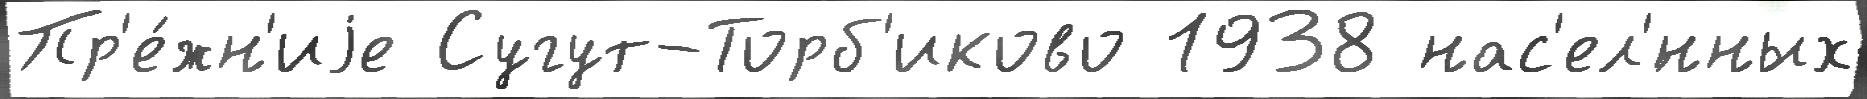
Пр'е́жн'иjе Сугут-Торб'иково 1938 нас'ел'́нных